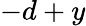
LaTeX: -d+y